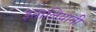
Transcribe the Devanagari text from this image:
इतालियानी